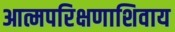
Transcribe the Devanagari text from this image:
आत्मपरिक्षणाशिवाय